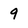
Character: 9